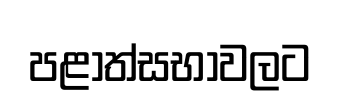
පළාත්සභාවලට